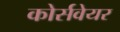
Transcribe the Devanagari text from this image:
कोर्सवेयर